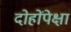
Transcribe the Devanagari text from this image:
दोहोंपेक्षां